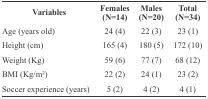
<table><thead><tr><td><b> Variables</b></td><td><b> Females (N=14)</b></td><td><b> Males (N=20)</b></td><td><b> Total (N=34)</b></td></tr></thead><tbody><tr><td> Age (years old)</td><td>24 (4)</td><td>22 (3)</td><td>23 (1)</td></tr><tr><td> Height (cm)</td><td>165 (4)</td><td>180 (5)</td><td>172 (10)</td></tr><tr><td> Weight (Kg)</td><td>59 (6)</td><td>77 (7)</td><td>68 (12)</td></tr><tr><td> BMI (Kg/m2)</td><td>22 (2)</td><td>24 (1)</td><td>23 (2)</td></tr><tr><td> Soccer experience (years)</td><td>5 (2)</td><td>4 (2)</td><td>4 (1)</td></tr></tbody></table>